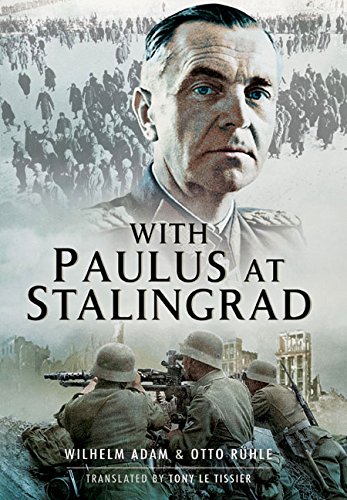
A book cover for With Paulus at Stalingrad; Wilhelm Adam; History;